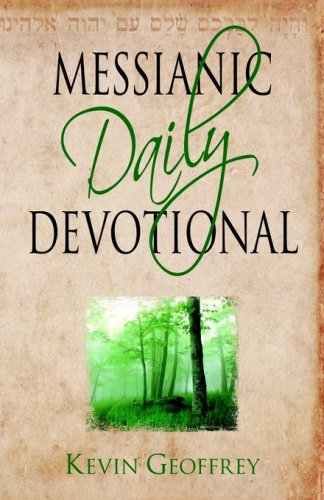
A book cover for Messianic Daily Devotional: Messianic Jewish Devotionals for a Deeper Walk with Yeshua; Kevin Geoffrey; Christian Books & Bibles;